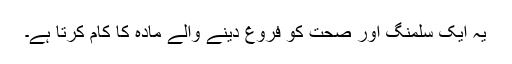
یہ ایک سلمنگ اور صحت کو فروغ دینے والے مادہ کا کام کرتا ہے۔